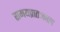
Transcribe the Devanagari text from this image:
समयप्रातःकाल